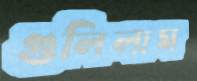
গুলিলাম